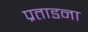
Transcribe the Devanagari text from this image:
प्रताडना